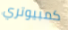
كمبيوتري